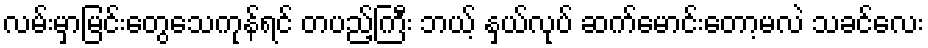
လမ်းမှာမြင်းတွေသေကုန်ရင် တပည့်ကြီး ဘယ့် နှယ်လုပ် ဆက်မောင်းတော့မလဲ သခင်လေး